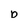
Character: b